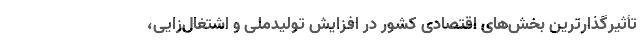
تأثیرگذارترین بخش‌های اقتصادی کشور در افزایش تولید‌ملی و اشتغال‌زایی،